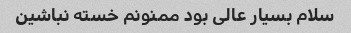
سلام بسیار عالی بود ممنونم خسته نباشین